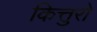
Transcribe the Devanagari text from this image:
कित्तुरो